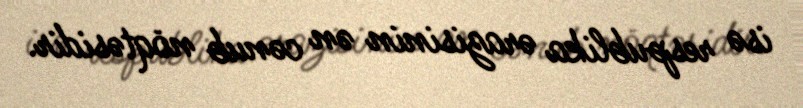
isə respublika ərazisinin ən cənub nöqtəsidir.